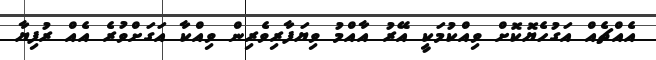
އެއްޗެއް އަގުހެޔޮކޮށް ވިއްކުމަކީ އޭރު އާއްމު ވިޔަފާރިވެރިން ވިއްކާ އަގަށްވުރެ އެއް ރުފިޔާ